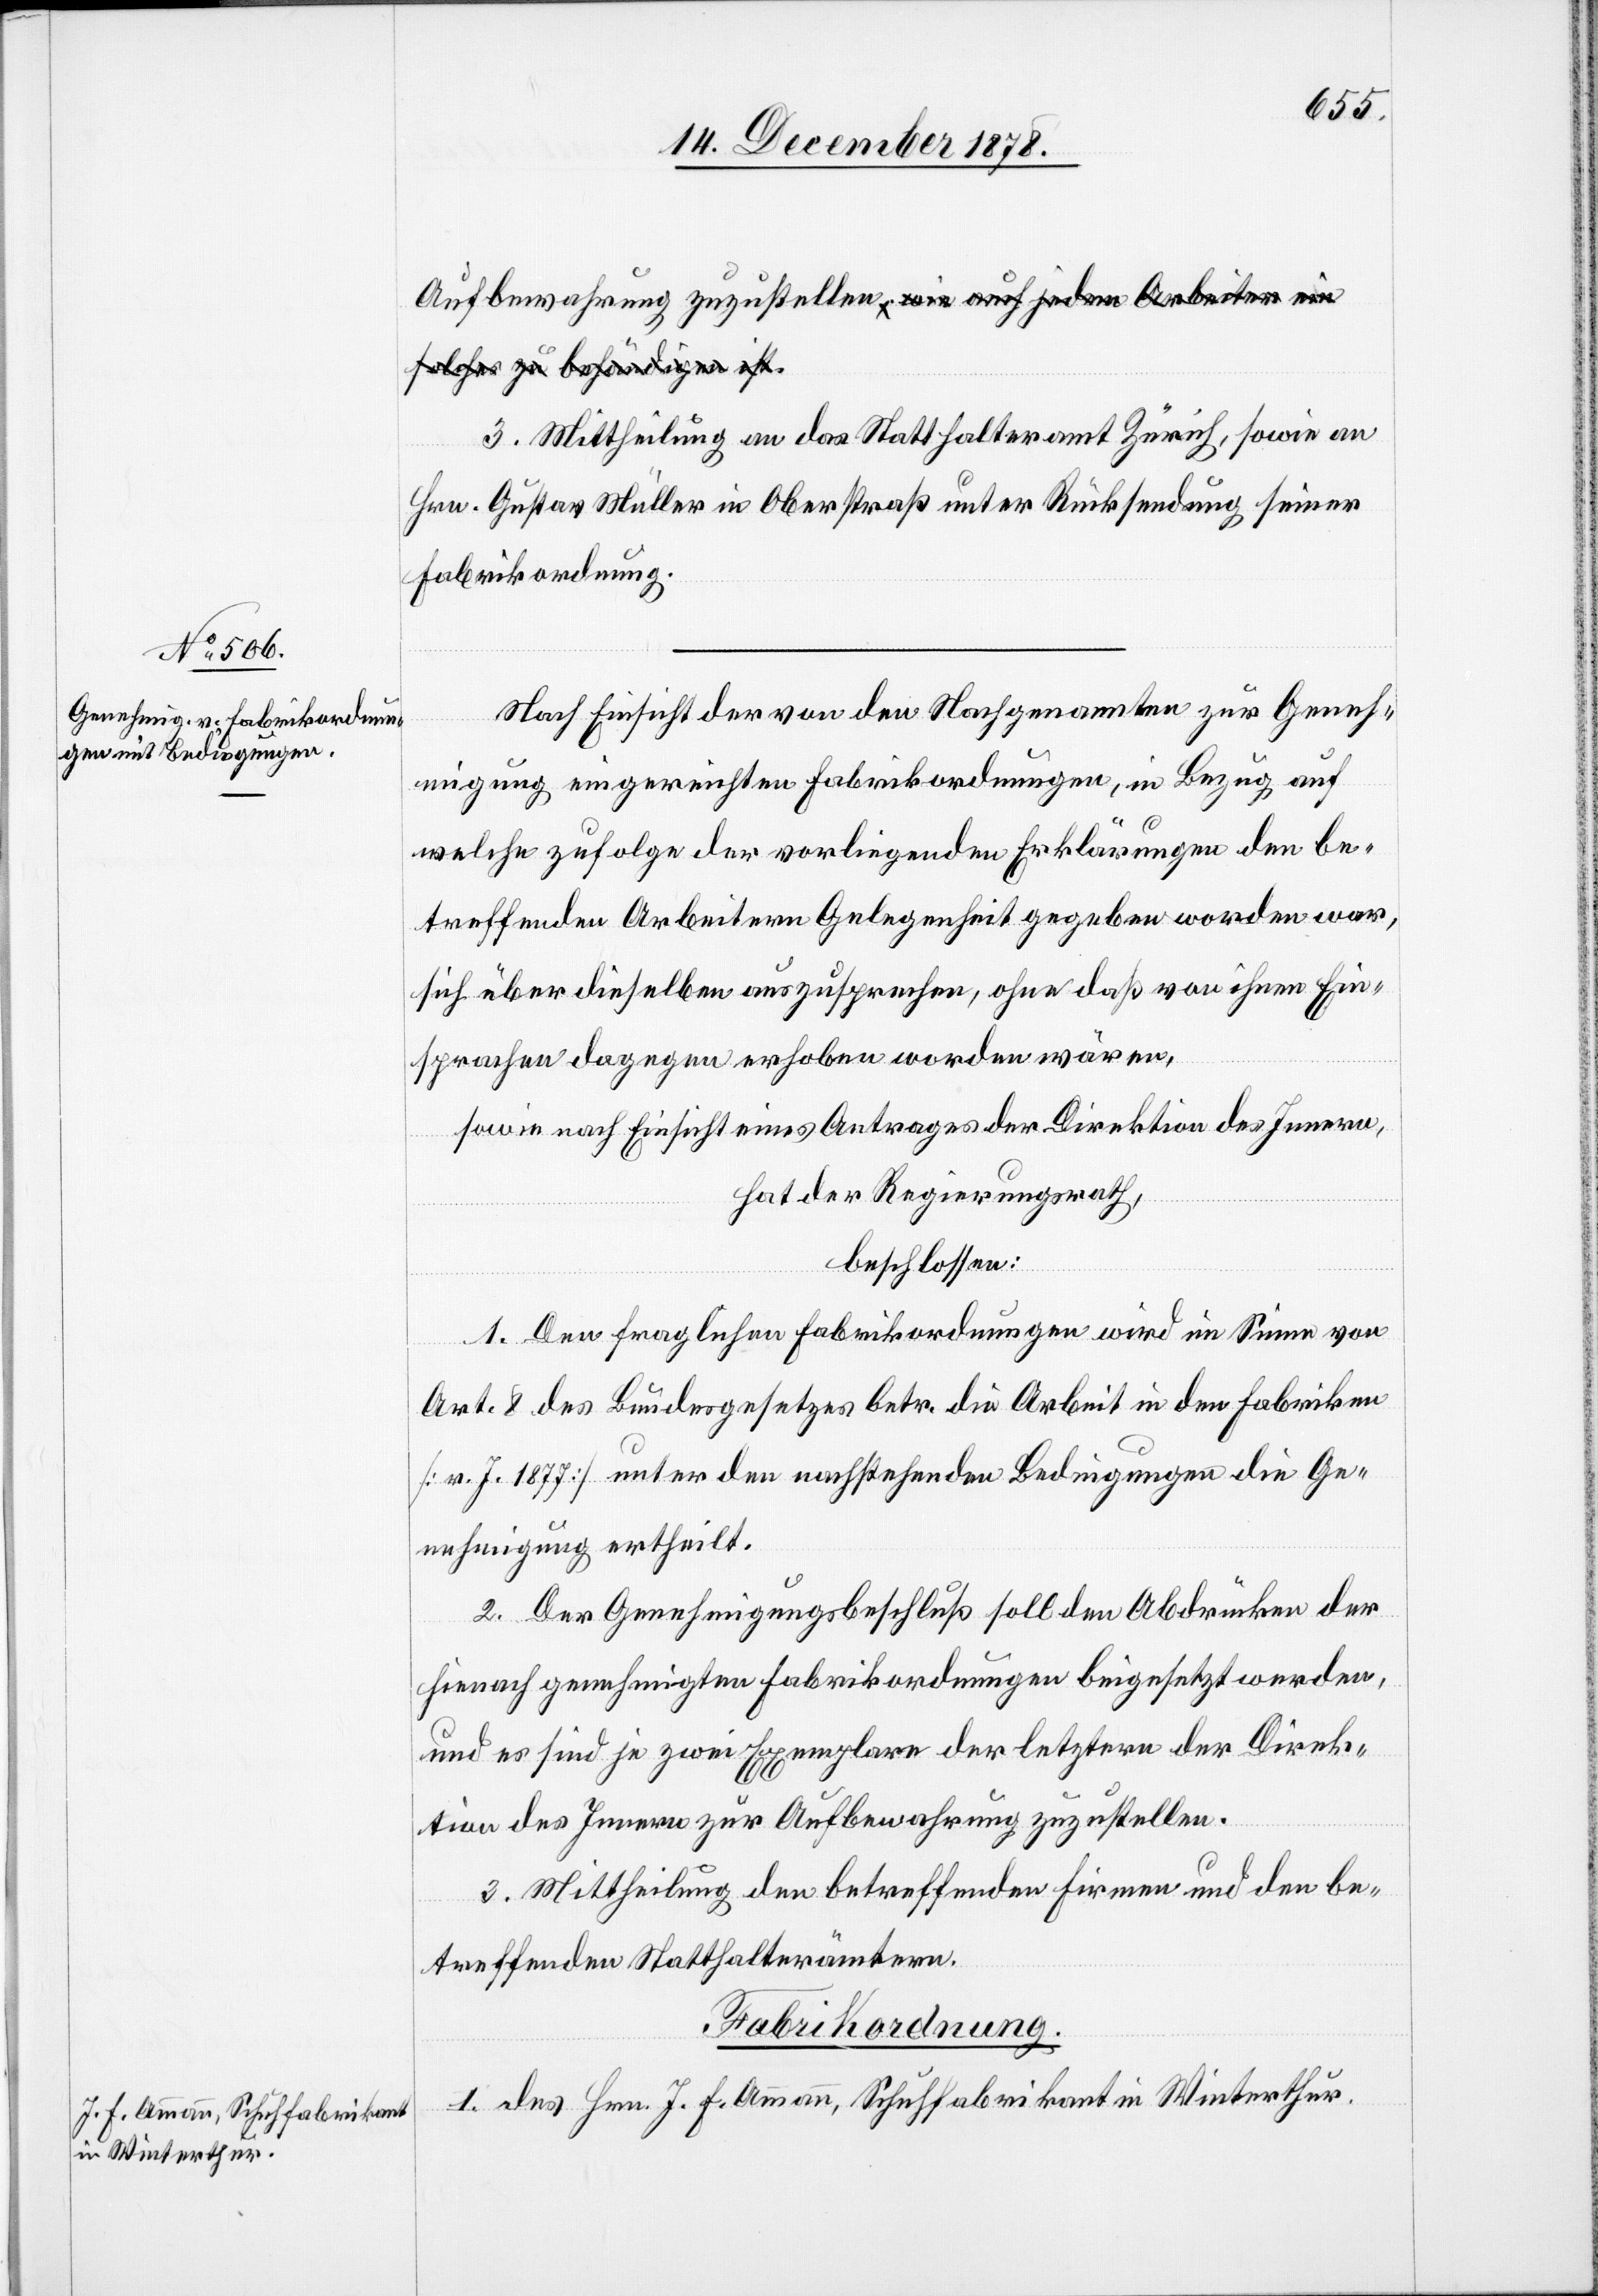
3. Mittheilung an das Statthalteramt Zürich, sowie an
Hrn. Gustav Müller in Oberstraß unter Rücksendung seiner
Fabrikordnung.
Nach Einsicht der von den Nachgenannten zur Geneh¬
migung eingereichten Fabrikordnungen, in Bezug auf
welche zufolge der vorliegenden Erklärungen den be¬
treffenden Arbeitern Gelegenheit gegeben worden war,
sich über dieselben auszusprechen, ohne daß von ihnen Ein¬
sprachen dagegen erhoben worden wären,
sowie nach Einsicht eines Antrages der Direktion des Innern,
hat der Regierungsrath,
beschlossen:
1. Den fraglichen Fabrikordnungen wird im Sinne von
Art. 8 des Bundesgesetzes betr. die Arbeit in den Fabriken
[v. J. 1877] unter den nachstehenden Bedingungen die Ge¬
nehmigung ertheilt.
2. Der Genehmigungsbeschluß soll den Abdrücken der
hienach genehmigten Fabrikordnungen beigesetzt werden,
und es sind je zwei Exemplare der letztern der Direk¬
tion des Innern zur Aufbewahrung zuzustellen.
3. Mittheilung den betreffenden Firmen und den be¬
treffenden Statthalterämtern.
I. des Hrn. J. F. Ammann, Schuhfabrikant in Winterthur.